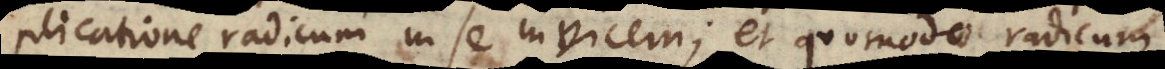
plicatione radicum in se invicem, et quomodo radicum